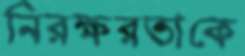
নিরক্ষরতাকে